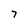
Character: 7